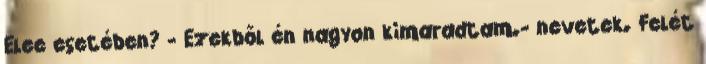
Elee esetében? - Ezekből én nagyon kimaradtam.- nevetek. Felét